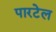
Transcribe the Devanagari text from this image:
पारटेल